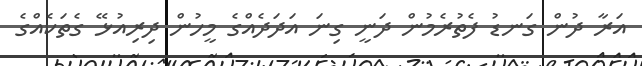
އަރާ ދުން ގަނޑު ފެތުރެމުން ދަނީ ގިނަ އަދަދެއްގެ މީހުން ދިރިއުޅޭ ގެތަކެއްގެ